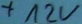
Text: +12V